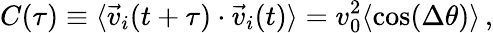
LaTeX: C(\tau)\equiv\langle\vec{v}_{i}(t+\tau)\cdot\vec{v}_{i}(t)\rangle=v_{0}^{2}\langle\mathrm{cos}(\Delta\theta)\rangle\, ,